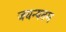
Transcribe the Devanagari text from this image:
जघन्यतम